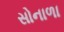
સોનાળા